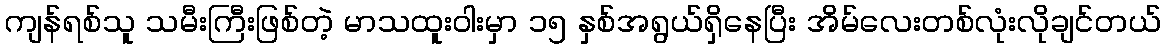
ကျန်ရစ်သူ သမီးကြီးဖြစ်တဲ့ မာသထူးဝါးမှာ ၁၅ နှစ်အရွယ်ရှိနေပြီး အိမ်လေးတစ်လုံးလိုချင်တယ်